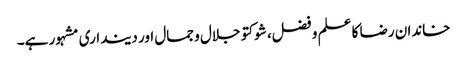
خاندان رضا کا علم و فضل، شوکتو جلال و جمال اور دینداری مشہور ہے۔